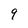
Character: 9